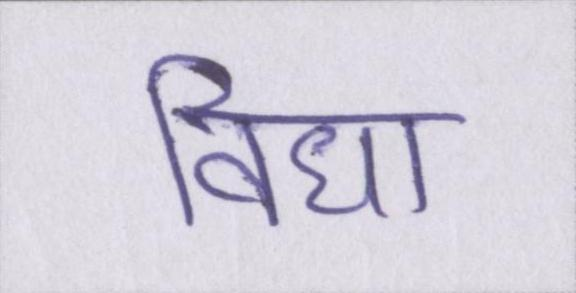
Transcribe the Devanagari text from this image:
विधा